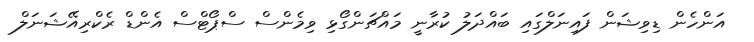
އަންހެން ޑިވިޝަން ފައިނަލްގައި ބައްދަލު ކުރާނީ މައްޗަންގޯޅި ވިމެންސް ސްޕޯޓްސް އެންޑް ރެކްރިއޭޝަނަލް